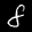
Label: 8